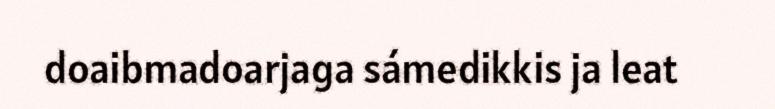
doaibmadoarjaga sámedikkis ja leat